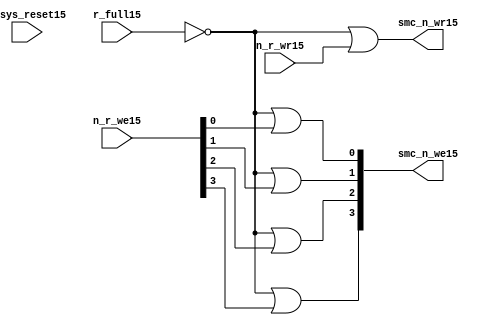
//File15 name   : smc_wr_enable_lite15.v
//Title15       : 
//Created15     : 1999
//Description15 : 
//Notes15       : 
//----------------------------------------------------------------------
//   Copyright15 1999-2010 Cadence15 Design15 Systems15, Inc15.
//   All Rights15 Reserved15 Worldwide15
//
//   Licensed15 under the Apache15 License15, Version15 2.0 (the
//   "License15"); you may not use this file except15 in
//   compliance15 with the License15.  You may obtain15 a copy of
//   the License15 at
//
//       http15://www15.apache15.org15/licenses15/LICENSE15-2.0
//
//   Unless15 required15 by applicable15 law15 or agreed15 to in
//   writing, software15 distributed15 under the License15 is
//   distributed15 on an "AS15 IS15" BASIS15, WITHOUT15 WARRANTIES15 OR15
//   CONDITIONS15 OF15 ANY15 KIND15, either15 express15 or implied15.  See
//   the License15 for the specific15 language15 governing15
//   permissions15 and limitations15 under the License15.
//----------------------------------------------------------------------


  module smc_wr_enable_lite15 (

                      //inputs15                      

                      n_sys_reset15,
                      r_full15,
                      n_r_we15,
                      n_r_wr15,

                      //outputs15

                      smc_n_we15,
                      smc_n_wr15);

//I15/O15
   
   input             n_sys_reset15;   //system reset
   input             r_full15;    // Full cycle write strobe15
   input [3:0]       n_r_we15;    //write enable from smc_strobe15
   input             n_r_wr15;    //write strobe15 from smc_strobe15
   output [3:0]      smc_n_we15;  // write enable (active low15)
   output            smc_n_wr15;  // write strobe15 (active low15)
   
   
//output reg declaration15.
   
   reg [3:0]          smc_n_we15;
   reg                smc_n_wr15;

//----------------------------------------------------------------------
// negedge strobes15 with clock15.
//----------------------------------------------------------------------
      

//----------------------------------------------------------------------
      
//--------------------------------------------------------------------
// Gate15 Write strobes15 with clock15.
//--------------------------------------------------------------------

  always @(r_full15 or n_r_we15)
  
  begin
  
     smc_n_we15[0] = ((~r_full15  ) | n_r_we15[0] );

     smc_n_we15[1] = ((~r_full15  ) | n_r_we15[1] );

     smc_n_we15[2] = ((~r_full15  ) | n_r_we15[2] );

     smc_n_we15[3] = ((~r_full15  ) | n_r_we15[3] );

  
  end

//--------------------------------------------------------------------   
//write strobe15 generation15
//--------------------------------------------------------------------   

  always @(n_r_wr15 or r_full15 )
  
     begin
  
        smc_n_wr15 = ((~r_full15 ) | n_r_wr15 );
       
     end

endmodule // smc_wr_enable15